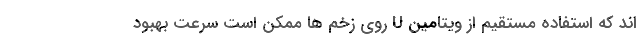
اند که استفاده مستقیم از ویتامین U روی زخم ها ممکن است سرعت بهبود